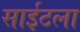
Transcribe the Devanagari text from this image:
साईटला